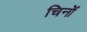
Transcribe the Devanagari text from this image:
चिनों